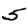
Digit: 5